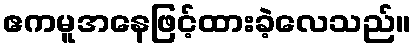
ဧကမူအနေဖြင့်ထားခဲ့လေသည်။